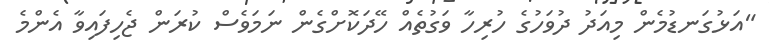
"އަޅުގަނޑުމެން މިއަދު ދުވަހުގެ ހުރިހާ ވަގުތެއް ހޭދަކޮށްގެން ނަމަވެސް ކުރަން ޖެހިފައިވާ އެންމެ